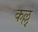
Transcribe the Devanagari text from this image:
कल्लु